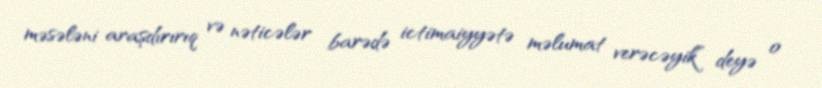
məsələni araşdırırıq və nəticələr barədə ictimaiyyətə məlumat verəcəyik” deyə o